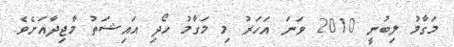
މަގާމު ލިބުނީ 2010 ވަނަ އަހަރު މި މަގާމު ހޯދި އައިޝަތު މާޖިދާއަށެވެ.